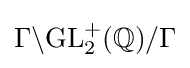
\Gamma \backslash \mathrm {GL} _{2}^{+}(\mathbb {Q} )/\Gamma